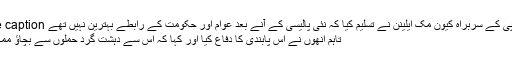
Image caption سی بی پی کے سربراہ کیون مک ایلینن نے تسلیم کیا کہ نئی پالیسی کے آنے بعد عوام اور حکومت کے رابطے بہترین نہیں تھے
تاہم انھوں نے اس پابندی کا دفاع کیا اور کہا کہ اس سے دہشت گرد حملوں سے بچاؤ ممکن ہوگا۔